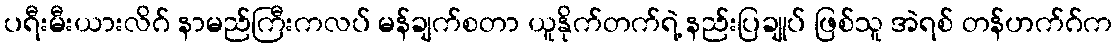
ပရီးမီးယားလိဂ် နာမည်ကြီးကလပ် မန်ချက်စတာ ယူနိုက်တက်ရဲ့ နည်းပြချုပ် ဖြစ်သူ အဲရစ် တန်ဟက်ဂ်က